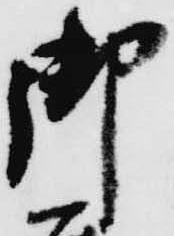
御